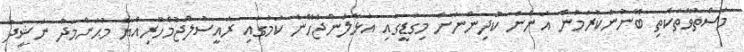
މަސްތުވާތަކެތި ބޭނުންކުރަމުން އަންނަ ކުދިންނަށް މިގަޑީގައި އަޅާލަންޖެހޭނެ ކަމުގައި ރައީސުލްޖުމްހޫރިއްޔާ މުޙަންމަދު ނަޝީދު